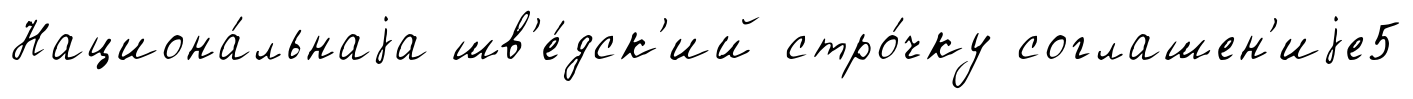
Национа́льнаjа шв'е́дск'ий стро́чку соглашен'иjе5